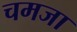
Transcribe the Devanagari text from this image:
चमजा